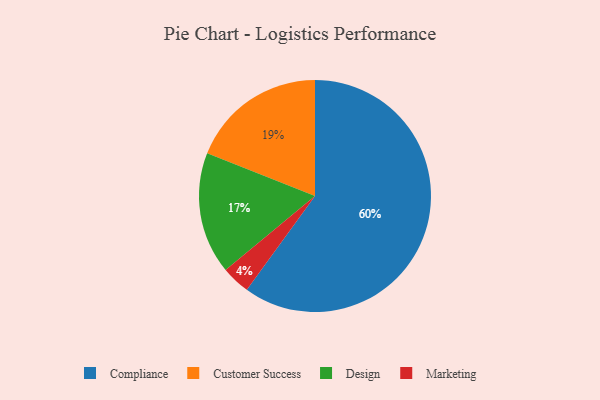
{"axis": {"x": "Category", "y": "Percentage"}, "legend": ["Compliance", "Customer Success", "Design", "Marketing"], "data": [{"x": "Design", "y": 17, "type": "Design"}, {"x": "Marketing", "y": 4, "type": "Marketing"}, {"x": "Customer Success", "y": 19, "type": "Customer Success"}, {"x": "Compliance", "y": 60, "type": "Compliance"}]}